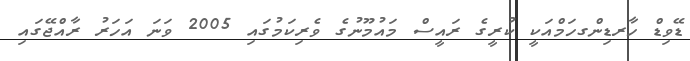
ޑޭވިޑް ހާރޑިންގހަމްއަކީ ކުރީގެ ރައީސް މައުމޫނުގެ ވެރިކަމުގައި 2005 ވަނަ އަހަރު ރާއްޖޭގައި